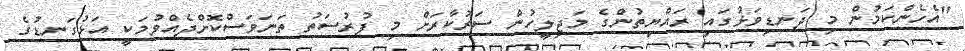
"އެހެންކަމުން މި ދަނޑިވަޅުގައި ރައްޔިތުންގެ މަޖިލީހުން ސަރުކާރަށް މި ފުރުސަތު ތަނަވަސްކޮށްދެއްވުމަކީ އަޅުގަނޑުގެ